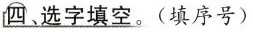
\underline{四、选字填空。}(填序号)